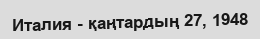
Италия - қаңтардың 27, 1948